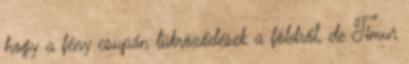
hogy a fény csupán tükröződések a földről, de Timur